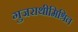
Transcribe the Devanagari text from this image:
गुजराथीमिश्रित